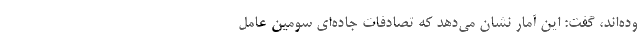
وده‌اند، گفت: این آمار نشان می‌دهد که تصادفات جاده‌ای سومین ‌عامل